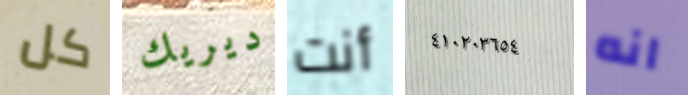
كل ديريك أنت ٤١٠٢٠٣٦٥٤ انه